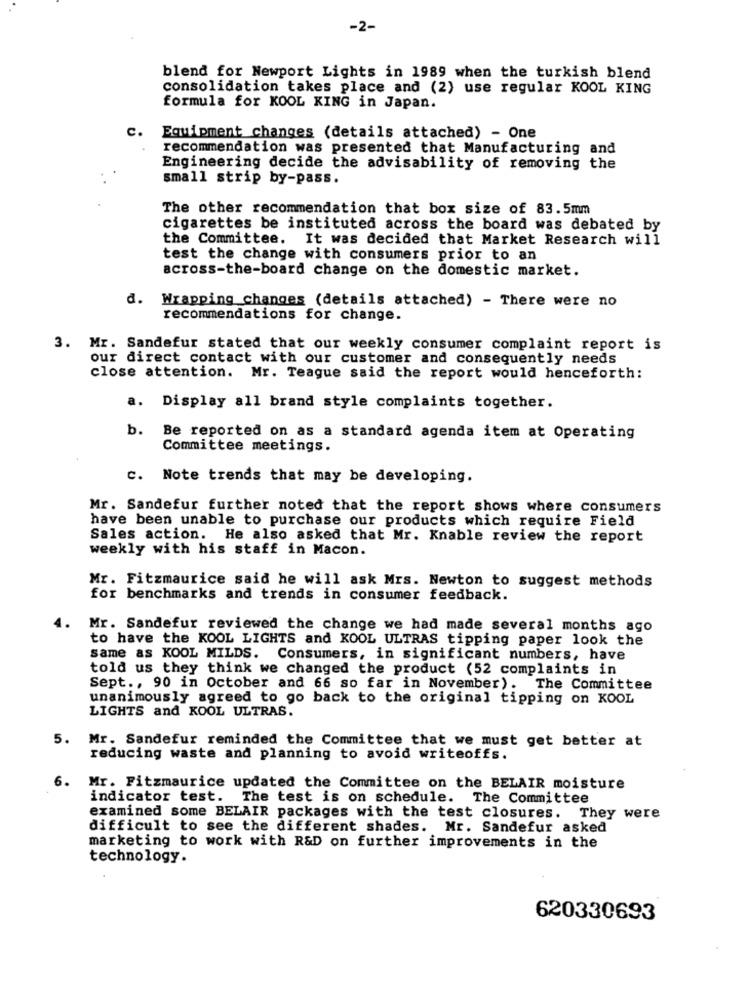
-2-
blend for Newport Lights in 1989 when the turkish blend
consolidation takes place and (2) use regular KOOL KING
formula for KOOL KING in Japan.
C.
Equipment changes (details attached) - One
recommendation was presented that Manufacturing and
Engineering decide the advisability of removing the
small strip by-pass.
The other recommendation that box size of 83.5mm
cigarettes be instituted across the board was debated by
the Committee. It was decided that Market Research will
test the change with consumers prior to an
across-the-board change on the domestic market.
d. Wrapping changes (details attached) - There were no
recommendations for change.
3. Mr. Sandefur stated that our weekly consumer complaint report is
our direct contact with our customer and consequently needs
close attention. Mr. Teague said the report would henceforth:
a.
Display all brand style complaints together.
b.
Be reported on as a standard agenda item at Operating
Committee meetings.
C. Note trends that may be developing.
Mr. Sandefur further noted that the report shows where consumers
have been unable to purchase our products which require Field
Sales action. He also asked that Mr. Knable review the report
weekly with his staff in Macon.
Mr. Fitzmaurice said he will ask Mrs. Newton to suggest methods
for benchmarks and trends in consumer feedback.
4.
Mr. Sandefur reviewed the change we had made several months ago
to have the KOOL LIGHTS and KOOL ULTRAS tipping paper look the
same as KOOL MILDS. Consumers, in significant numbers, have
told us they think we changed the product (52 complaints in
Sept ., 90 in October and 66 so far in November). The Committee
unanimously agreed to go back to the original tipping on KOOL
LIGHTS and KOOL ULTRAS.
5.
Mr. Sandefur reminded the Committee that we must get better at
reducing waste and planning to avoid writeoffs.
6.
Mr. Fitzmaurice updated the Committee on the BELAIR moisture
indicator test. The test is on schedule. The Committee
examined some BELAIR packages with the test closures. They were
difficult to see the different shades. Mr. Sandefur asked
marketing to work with R&D on further improvements in the
technology.
620330693